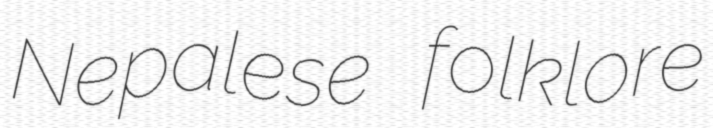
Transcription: Nepalese folklore